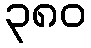
၃၈၀